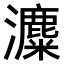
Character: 𤃱